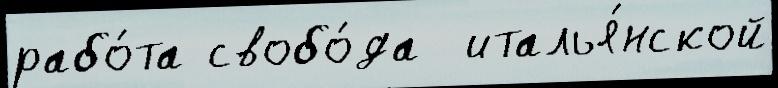
рабо́та свобо́да  италья́нской